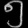
Digit: ၅